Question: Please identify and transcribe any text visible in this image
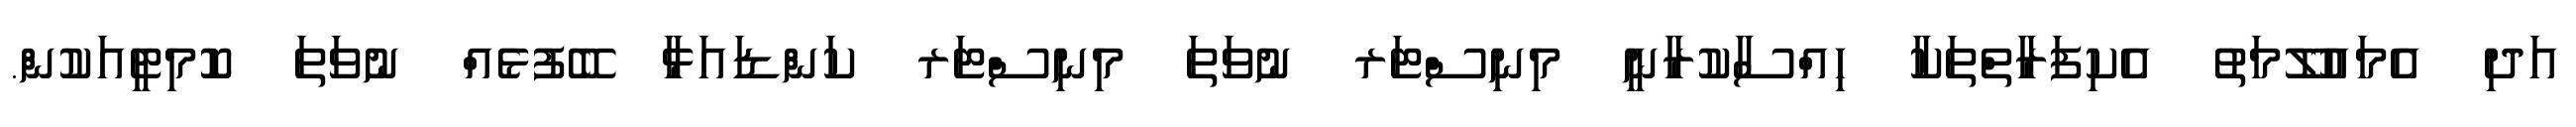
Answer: އަދި އެމައުލޫމަތު އެކިފަރާތްތަކާ ހިއްސާކުރާނީ މިނިސްޓަރ ނުވަތަ މިނިސްޓަރ ކަންޑައަޅާ ބޭފުޅެއް ނުވަތަ ކޮމިޓީއަކުން.